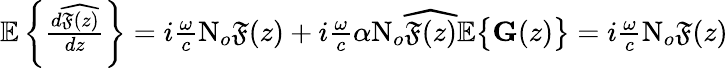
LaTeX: \begin{array}{r}{\mathbb{E}\left\lbrace\frac{d\widehat{\mathfrak{F}(z)}}{dz}\right\rbrace=i\frac{\omega}{c}\mathrm{N}_{o}{\mathfrak{F}(z)}+i\frac{\omega}{c}\alpha\mathrm{N}_{o}\widehat{\mathfrak{F}(z)}\mathbb{E}\big\lbrace{\mathbf{G}}(z)\big\rbrace=i\frac{\omega}{c}\mathrm{N}_{o}{\mathfrak{F}(z)}}\end{array}